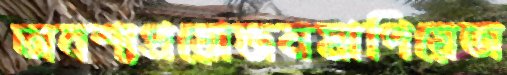
অবশ্যপ্রয়োজনমাপিয়েঅ